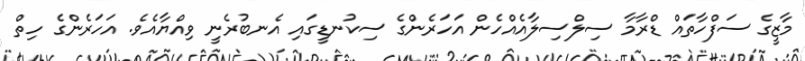
މާޒީގެ ސަފްހާތައް ޑްރާމާ ސިލްސިލާއެއްހެން އަހަރެންގެ ސިކުނޑީގައި އެނބުރެނީ ވިއްޔާއެވެ. އަހަރެންގެ ހިތް